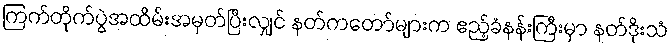
ကြက်တိုက်ပွဲအထိမ်းအမှတ်ပြီးလျှင် နတ်ကတော်များက ဧည့်ခံနန်းကြီးမှာ နတ်ဒိုးသံ